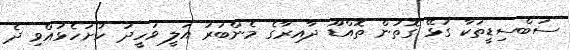
ސަބްސިޑީތަކާ ގުޅޭ ގޮތުން ތޮއްޑޫ ދާއިރާގެ މެންބަރު އަލީ ވަހީދު ހުށަހެޅުއްވި ދެ